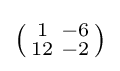
\left({\begin{smallmatrix}1&-6\\12&-2\\\end{smallmatrix}}\right)